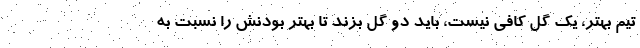
تیم بهتر، یک گل کافی نیست، باید دو گل بزند تا بهتر بودنش را نسبت به